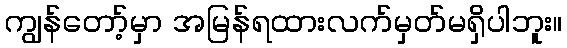
ကျွန်တော့်မှာ အမြန်ရထားလက်မှတ်မရှိပါဘူး။